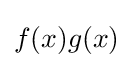
f(x)g(x)